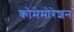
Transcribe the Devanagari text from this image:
कोमेमोरेशन